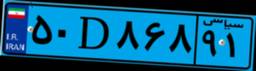
۹۲D۸۱۰۰۵